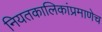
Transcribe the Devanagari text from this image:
नियतकालिकांप्रमाणेच